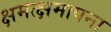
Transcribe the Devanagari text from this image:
क्षमत्क्षमापना